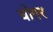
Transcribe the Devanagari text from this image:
घोगर